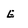
Character: E